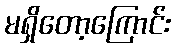
မရှိတော့ကြောင်း